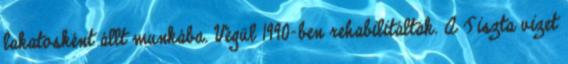
lakatosként állt munkába. Végül 1990-ben rehabilitálták. A Tiszta vizet